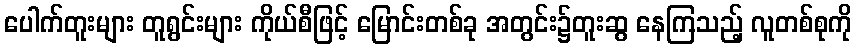
ပေါက်တူးများ တူရွင်းများ ကိုယ်စီဖြင့် မြောင်းတစ်ခု အတွင်း၌တူးဆွ နေကြသည့် လူတစ်စုကို